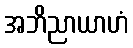
အဘိညာယာဟံ